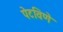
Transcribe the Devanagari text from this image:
पेटविणे